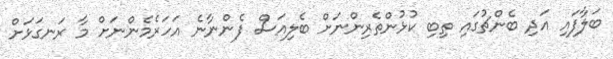
ބަލާފައި އަދި ބެންޗުގައި ތިބި ކުޅުންތެރިންނަށް ބެލިއަސް ފެންނާނެ އަހަރެމެންނަށް މާ ރަނގަޅަށް